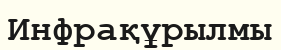
Инфрақұрылмы